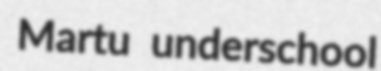
Martu underschool